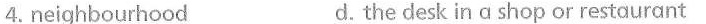
4.neighbourhood d.the desk in a shop or restourant